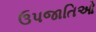
ઉપજાતિઓ